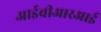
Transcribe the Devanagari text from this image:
आईवीआरआई